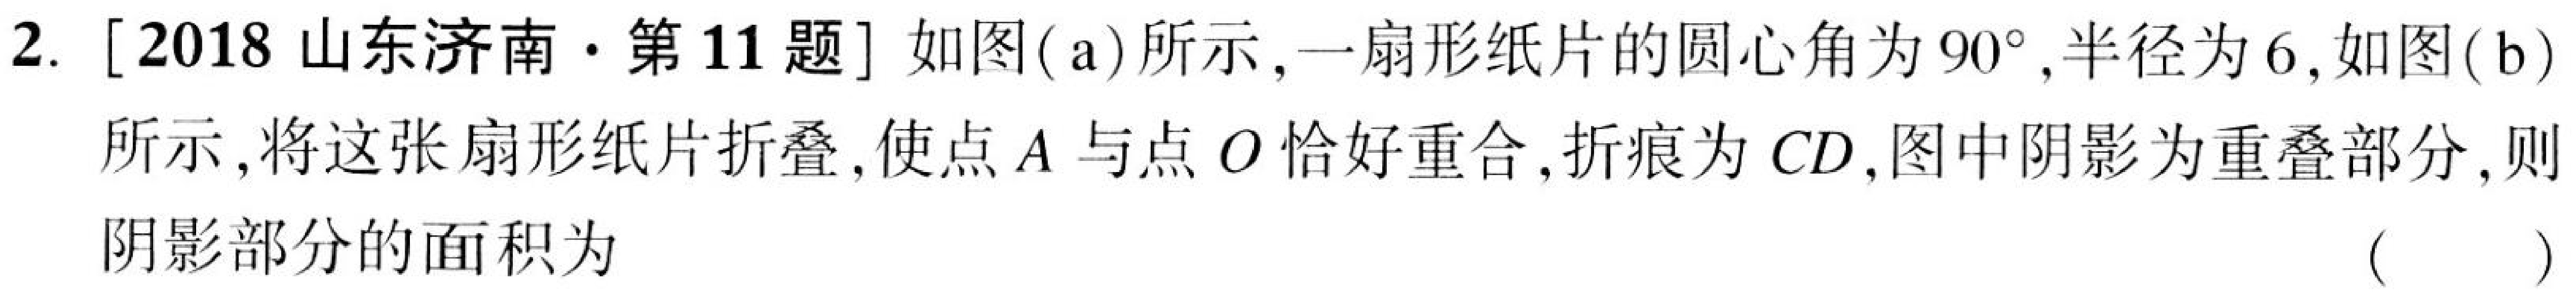
2. [2018山东济南·第11题] 如图(a)所示,一扇形纸片的圆心角为\(90^{\circ}\),半径为\(6\),如图(b)
所示,将这张扇形纸片折叠,使点\(A\)与点\(O\)恰好重合,折痕为\(CD\),图中阴影为重叠部分,则
阴影部分的面积为  (   )